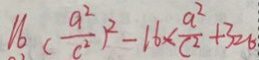
1 6 ( \frac { a ^ { 2 } } { c ^ { 2 } } ) ^ { 2 } - 1 6 \times \frac { a ^ { 2 } } { c ^ { 2 } } + 3 2 b